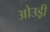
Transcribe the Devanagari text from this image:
ओउड्री